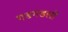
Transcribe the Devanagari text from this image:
गडगडलो